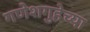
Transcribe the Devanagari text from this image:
गणेशगुहेच्या